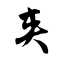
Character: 夹